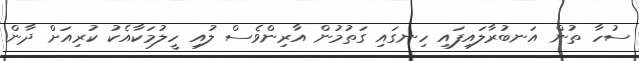
ސުހާ ތުން އަނބުރާލައިފައި ހިނގައި ގަތުމުން އާރިންވެސް ލުއި ހީލުމަކާއެކު ކުރިއަށް ދާން